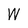
Character: W